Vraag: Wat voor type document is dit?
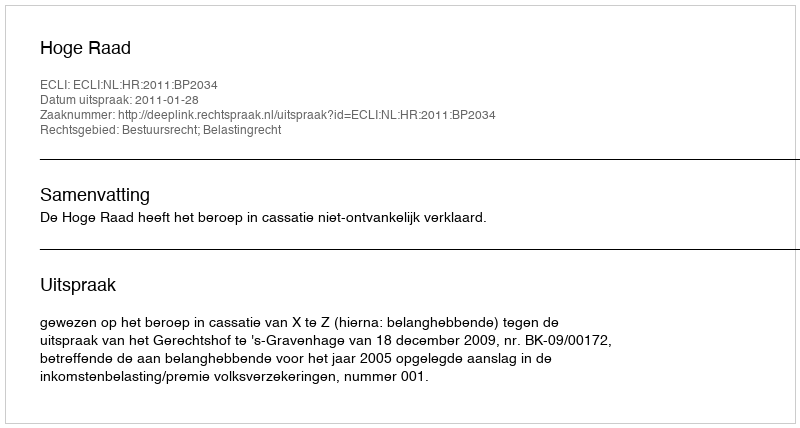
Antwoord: Uitspraak